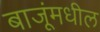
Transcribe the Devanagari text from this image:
बाजूंमधील